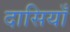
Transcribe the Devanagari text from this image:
दासियाँ